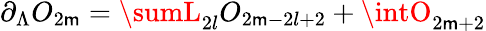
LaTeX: \partial_{\Lambda}O_{2\mathsf{m}}=\sumL_{2l}O_{2\mathsf{m}-2l+2}+\intO_{2\mathsf{m}+2}